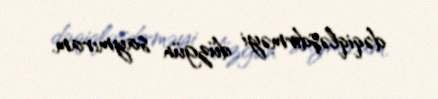
dəqiqləşdirməyi düzgün saymıram.